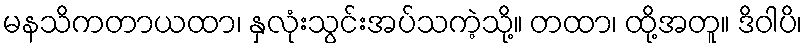
မနသိကတာယထာ၊ နှလုံးသွင်းအပ်သကဲ့သို့။ တထာ၊ ထို့အတူ။ ဒိဝါပိ၊